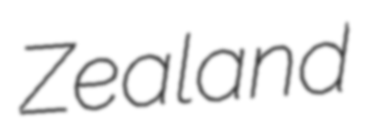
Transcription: Zealand